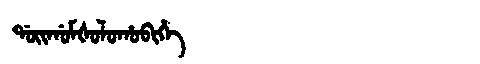
Manchu: ᡩᠣᡳᡤᠣᠮᡧᠣᠯᠣᡥᠣᠪᡳᡥᡝ
Romanization: DOIGOMŠOLOHOBIHE